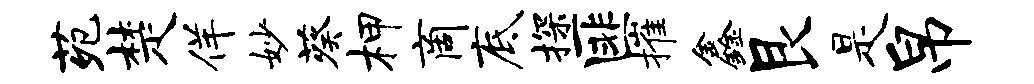
苑楚佯妙葵柙商底探匪摧鑫艮是帛